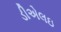
ડીએલઇ